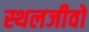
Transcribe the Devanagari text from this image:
स्थलजीवों